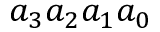
a _ { 3 } a _ { 2 } a _ { 1 } a _ { 0 }